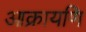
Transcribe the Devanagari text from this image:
आक्रायणि